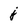
Character: j